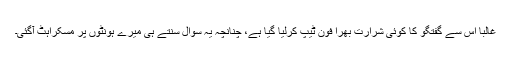
غالباً اس سے گفتگو کا کوئی شرارت بھرا فون ٹیپ کرلیا گیا ہے، چنانچہ یہ سوال سنتے ہی میرے ہونٹوں پر مسکراہٹ آگئی۔